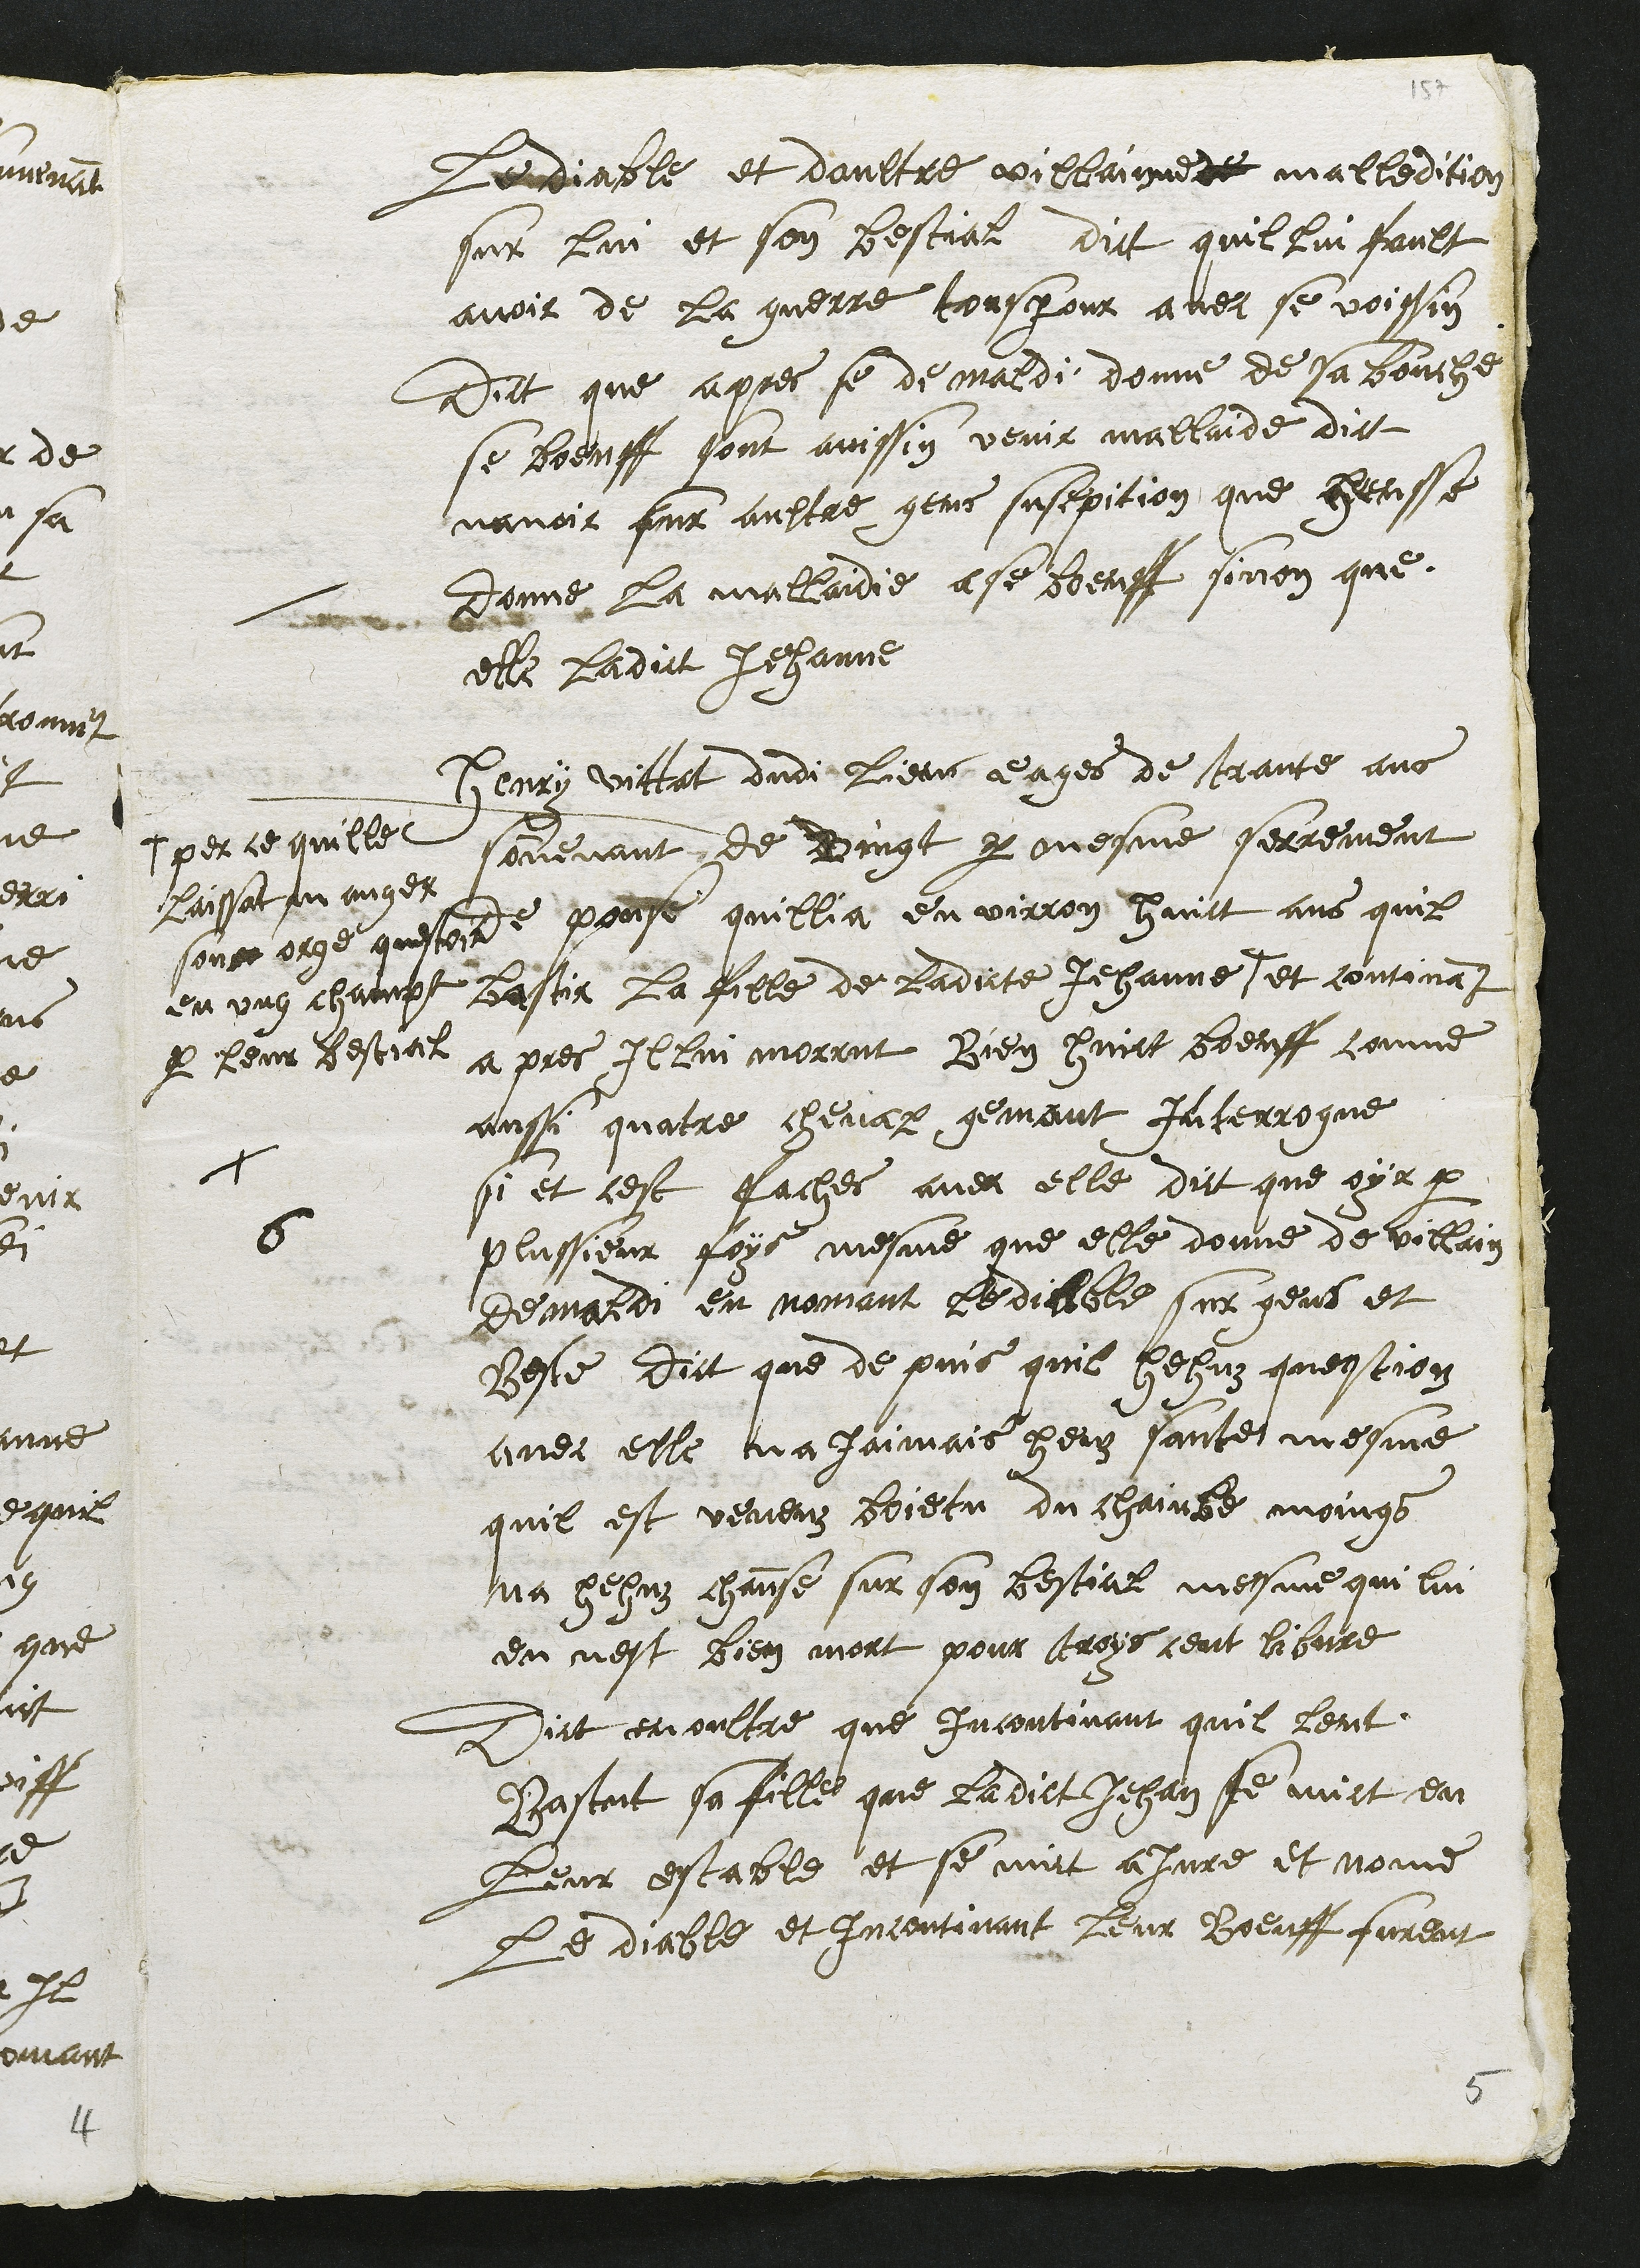
Le diable et daultre villainne de malledition
sur lui et son bestial dict quil lui fault
avoir de la guerre tousjour avec se voissin
Dict que apres se demaldi donne de sa bouche
se boeuff sont ainssin venir mallaide dict
navoir sur aultre gens susepition que heusse
donne la mallaidie a se boeuff sinon que
elle ladict Jehanne
6
Henry vittat dudi lieuc eages de trante ans
souvenant de vingt par mesme serrement
de pouse quillia environ huict ans quil
bastir la fille de ladicte Jehanne +
+ per ce quille
laissat manger
son orge questoit
en ung champt
par leur bestial
et continant
apres Il lui morrut bien huict boeuff comme
aussi quatre cheval gemant Interrogue
+
si et cest faches avec elle dict que oyr par
plussieur foys mesme que elle donne de villain
demaldi en nomant le diable sur gens et
beste dict que depuis quil hehuz question
avec elle na jamais heuz sante mesme
quil est veneuz boietu du chainbe moings
na hehuz chanse sur son bestial mesme qui lui
en nest bien mort pour troys cent libvre
Dict en oultre que incontinant quil leuct
Bastut sa fille que ladict Jehan se mict en
leur estable et se mict a jure et nome
Le diable et Incontinant leur boeufz furent
5